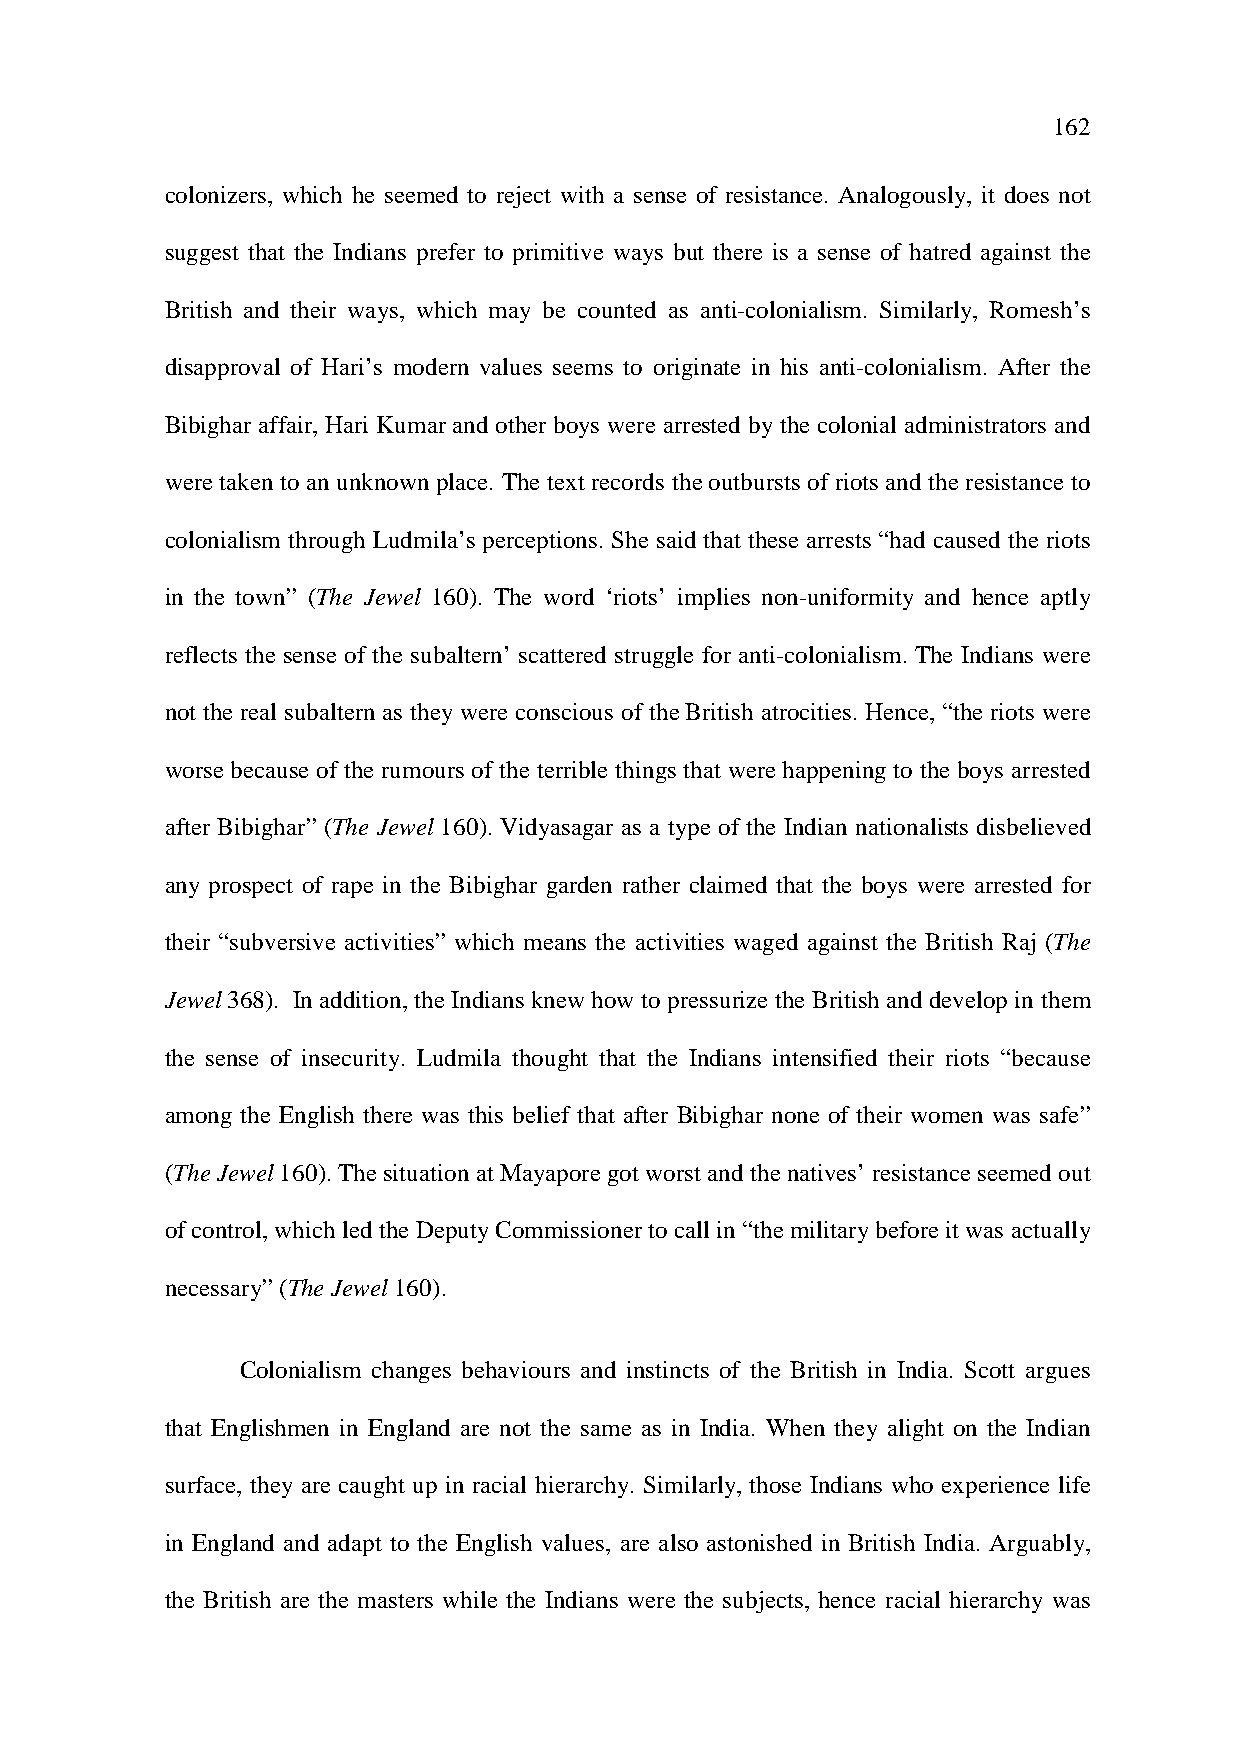
162
 colonizers, which he seemed to reject with a sense of resistance. Analogously, it does not
 suggest that the Indians prefer to primitive ways but there is a sense of hatred against the
 British and their ways, which may be counted as anti-colonialism. Similarly, Romesh’s
 disapproval of Hari’s modern values seems to originate in his anti-colonialism. After the
 Bibighar affair, Hari Kumar and other boys were arrested by the colonial administrators and
 were taken to an unknown place. The text records the outbursts of riots and the resistance to
 colonialism through Ludmila’s perceptions. She said that these arrests “had caused the riots
 in the town” (The Jewel 160). The word ‘riots’ implies non-uniformity and hence aptly
 reflects the sense of the subaltern’ scattered struggle for anti-colonialism. The Indians were
 not the real subaltern as they were conscious of the British atrocities. Hence, “the riots were
 worse because of the rumours of the terrible things that were happening to the boys arrested
 after Bibighar” (The Jewel 160). Vidyasagar as a type of the Indian nationalists disbelieved
 any prospect of rape in the Bibighar garden rather claimed that the boys were arrested for
 their “subversive activities” which means the activities waged against the British Raj (The
 Jewel 368). In addition, the Indians knew how to pressurize the British and develop in them
 the sense of insecurity. Ludmila thought that the Indians intensified their riots “because
 among the English there was this belief that after Bibighar none of their women was safe”
 (The Jewel 160). The situation at Mayapore got worst and the natives’ resistance seemed out
 of control, which led the Deputy Commissioner to call in “the military before it was actually
 necessary” (The Jewel 160).
 Colonialism changes behaviours and instincts of the British in India. Scott argues
 that Englishmen in England are not the same as in India. When they alight on the Indian
 surface, they are caught up in racial hierarchy. Similarly, those Indians who experience life
 in England and adapt to the English values, are also astonished in British India. Arguably,
 the British are the masters while the Indians were the subjects, hence racial hierarchy was